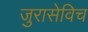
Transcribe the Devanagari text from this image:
जुरासेविच